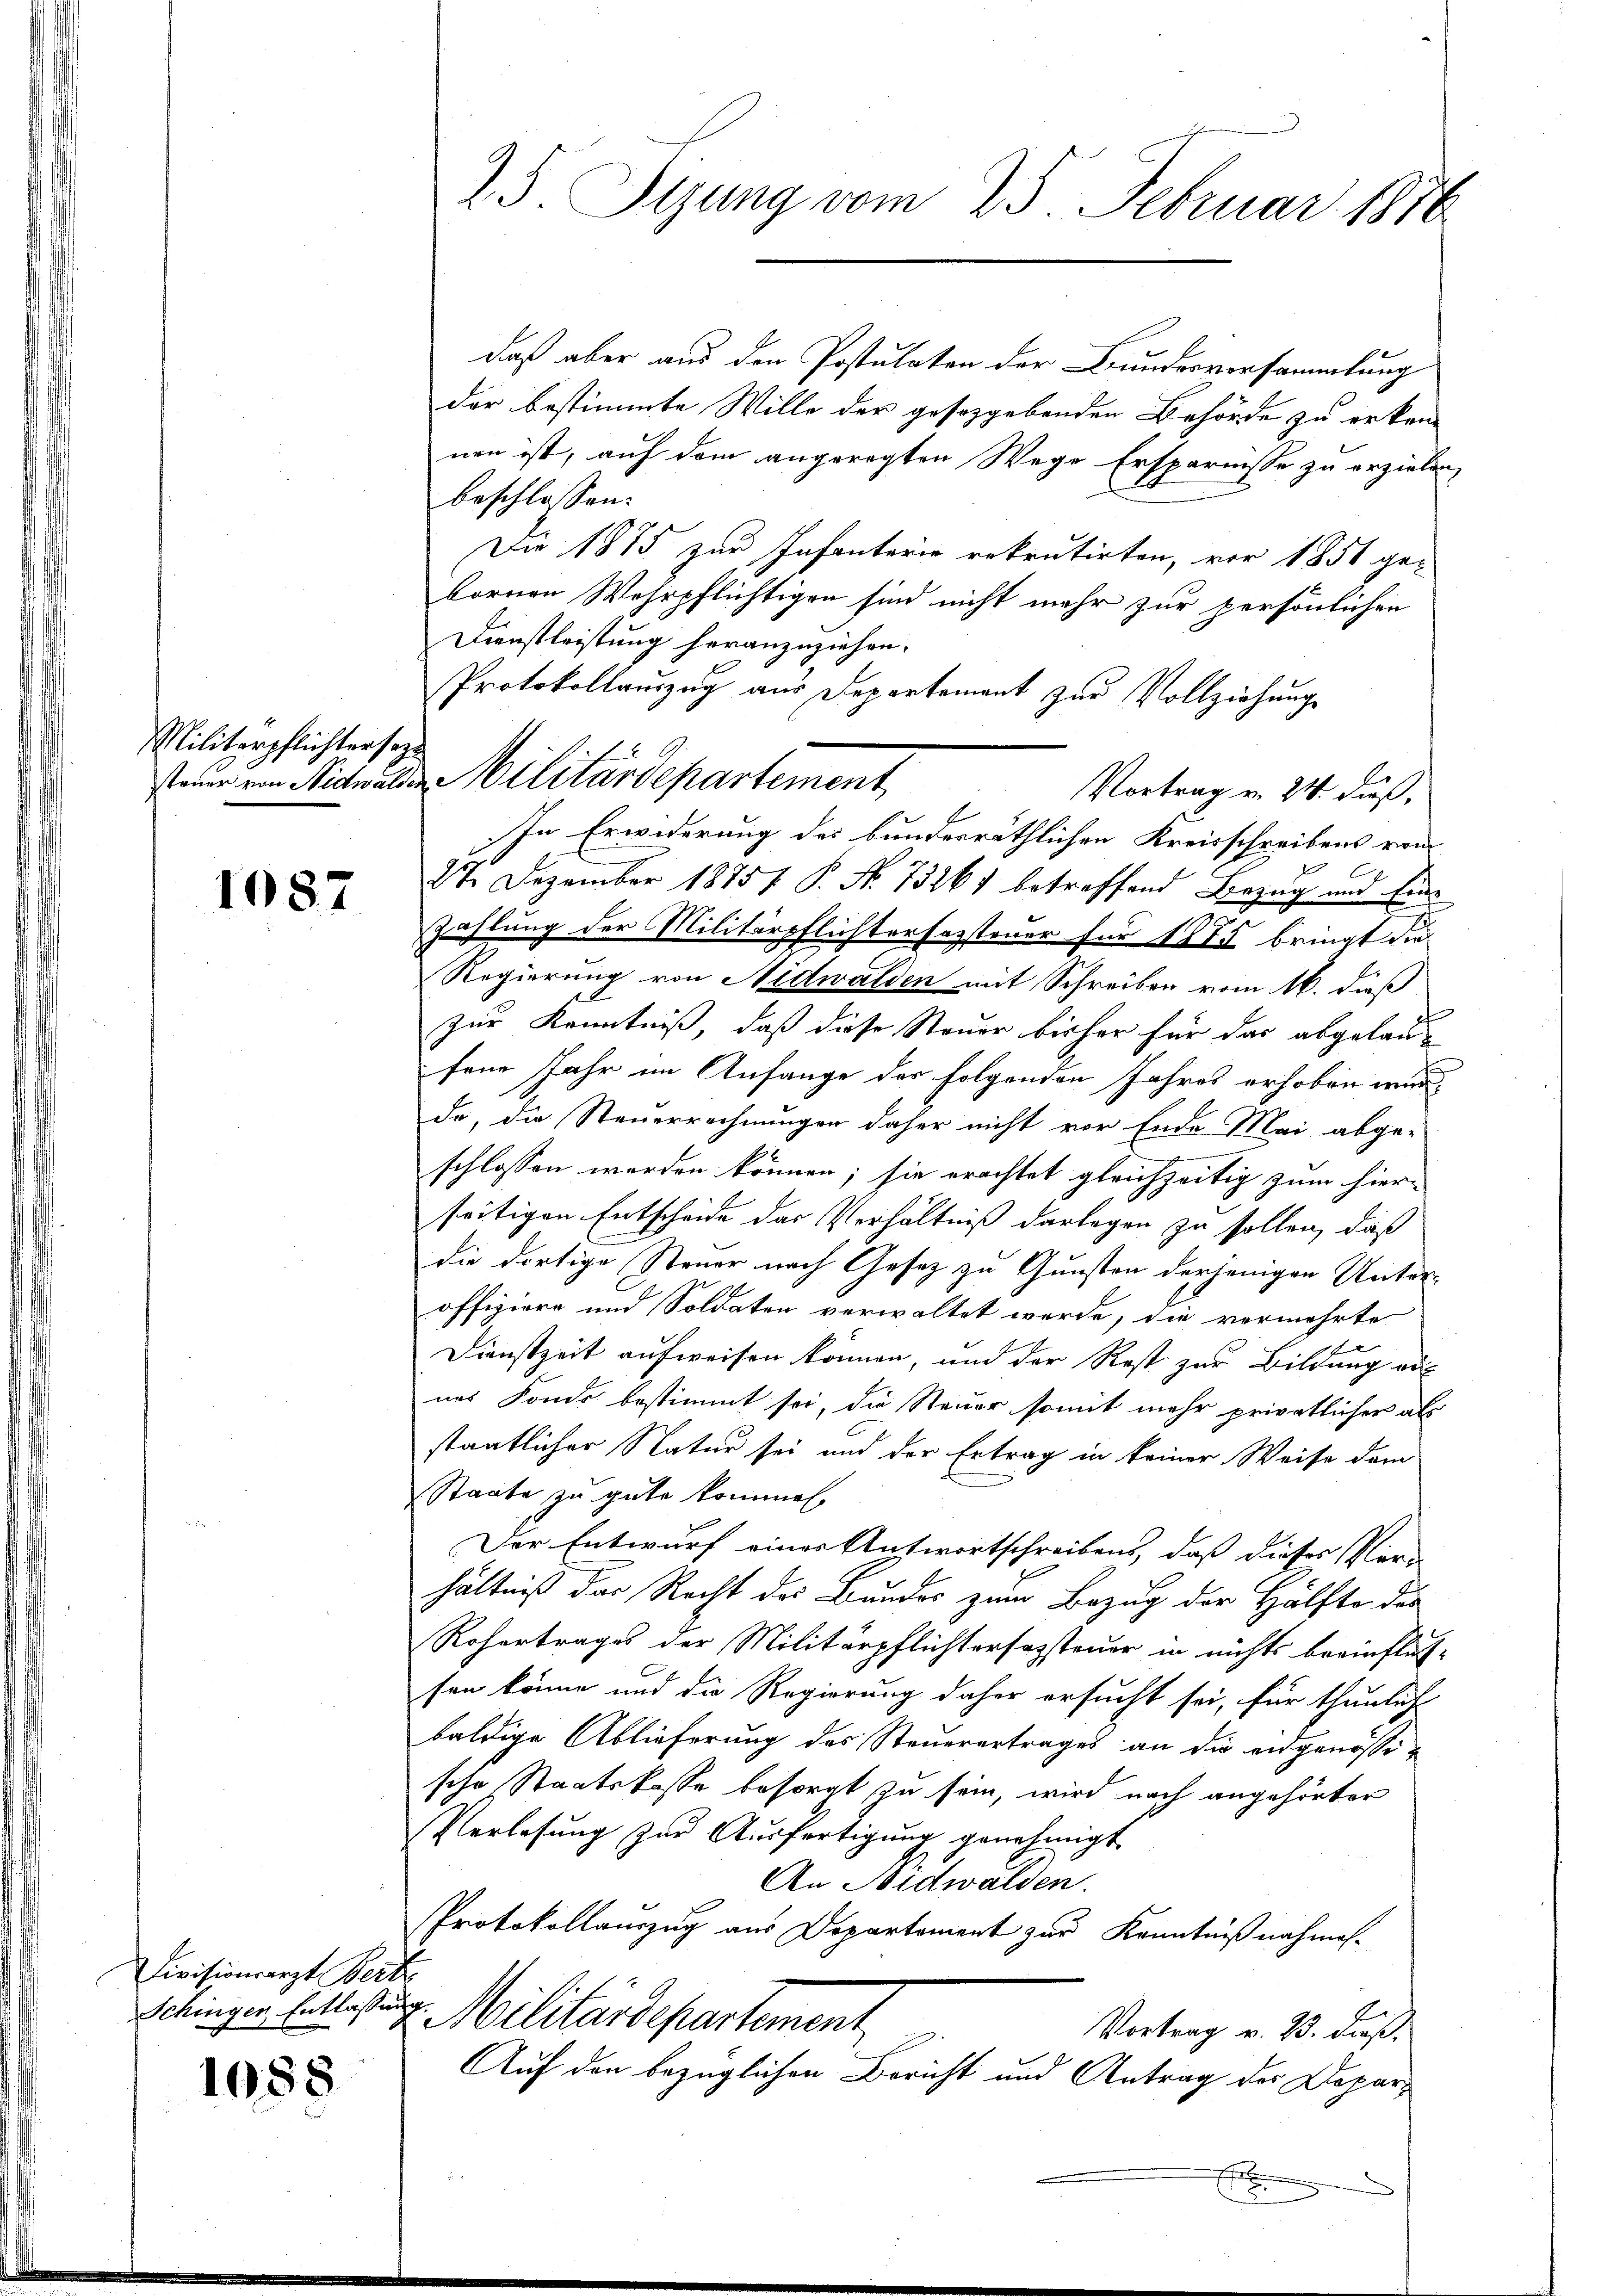
Militärpflichtersez

1087

Divisionsarzt Bertr
Schingen Entlassung

1088

25. Segung vom 25. Februar 1870

daß aber aus den Postulaten der Bundesversammlung
der bestimmte Wille der gesezgebenden Behörde zu erkenn
nen ist, auf dem angeregten Wege Ersparnisse zu erzielen,
beschlossen:
Die 1875 zur Infanterie rekrutirten, vor 1851 ge-
bornen Wehrpflichtigen sind nicht mehr zur persönlichen
Dienstleistung heranzuziehen.
Protokollauszug aus Departement zur Vollziehungs
Vortrag v. 24. daß
In Erwiderung des bundesräthlichen Kreisschreibens von
27. Dezember 1885 P. Nr. 73261 betreffend Bezug und Ein¬
Zahlung der Militärpflichtersagstener für 1875 bringt die
Regierung von Nidwalden mit Schreiben vom 16. dieß
zur Kenntniß, daß diese Steuer bisher für das abgelanfene Jahr im Anfange der folgenden Jahres erhoben würde, die Steuerrechnungen daher nicht vor Ende Mai abge-
schlossen worden können; sie erachtet gleichzeitig zum hier-
seitigen Entscheide das Verhältniß darlegen zu sollen, daß
die dortige Steuer nach Gesez zu Gunsten derjenigen Unter-
offiziere und Soldaten verwaltet werde, die vermehrte
Dienstzeit aufweisen können, und der Rest zur Bildung aus
nes Fonds bestimmt sei, die Steuer somit mehr privatlicher als
staatlicher Natur sei und der Ertrag in keiner Weise dem
Staate zu gute kommen.
Der Entwurf eines Antwortschreibens, daß dieses Ver-
hältniß das Recht des Bundes zum Bezug der Hälfte des
Rohertrages der Militärpflichtersagsteuer in nichts beeinfluß-
sen könne und die Regierung daher ersucht sei, für thunlich
baldige Ablieferung des Steuerertrages an die eidgenössische Staatskasse besorgt zu sein, wird nach angehörter
Verlesung zur Ausfertigung genehmigt
An Nidwalden.
Protokollauszug aus Departement zur Kenntnißnahmes-
V. Militärdepartement
Vortrag v. 23. dieß.
Auf den bezüglichen Bericht und Antrag der Deparr

steuer von Nidwalden Militärdepartement